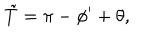
\tilde { T } = \pi - \phi ^ { \prime } + \theta ,